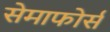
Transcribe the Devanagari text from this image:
सेमाफोर्स